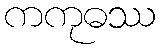
ကကုဓဿ